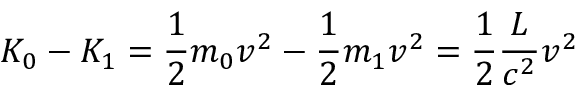
K _ { 0 } - K _ { 1 } = { \frac { 1 } { 2 } } m _ { 0 } v ^ { 2 } - { \frac { 1 } { 2 } } m _ { 1 } v ^ { 2 } = { \frac { 1 } { 2 } } \frac { L } { c ^ { 2 } } v ^ { 2 }